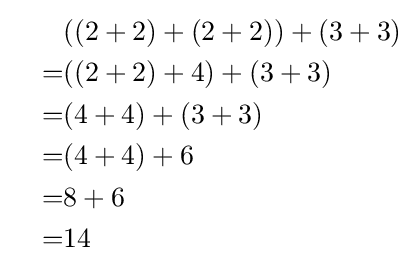
{\begin{aligned}&{}&&((2+2)+(2+2))+(3+3)\\&{}&=&((2+2)+4)+(3+3)\\&{}&=&(4+4)+(3+3)\\&{}&=&(4+4)+6\\&{}&=&8+6\\&{}&=&14\end{aligned}}